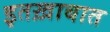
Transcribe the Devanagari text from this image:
इतख़ाबात